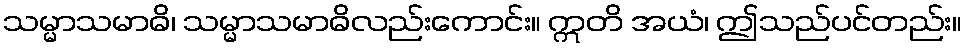
သမ္မာသမာဓိ၊ သမ္မာသမာဓိလည်းကောင်း။ ဣတိ အယံ၊ ဤသည်ပင်တည်း။